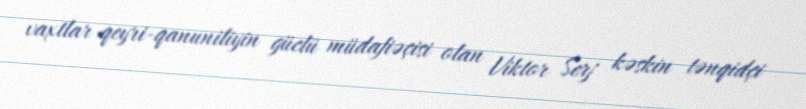
vaxtlar qeyri-qanuniliyin güclü müdafiəçisi olan Viktor Serj kəskin tənqidçi